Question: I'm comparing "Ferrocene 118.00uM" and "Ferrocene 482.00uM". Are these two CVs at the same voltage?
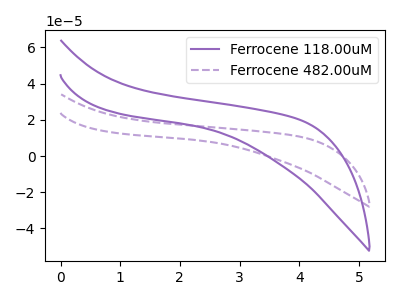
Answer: <think>The purple curve "Ferrocene 118.00uM" has no peaks. The purple dashed curve "Ferrocene 482.00uM" has no peaks.
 Neither "Ferrocene 118.00uM" or "Ferrocene 482.00uM" have any peaks.</think>
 <answer>"Ferrocene 118.00uM" and "Ferrocene 482.00uM" are similar in shape.</answer>
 <eval>same_shape</eval>